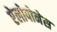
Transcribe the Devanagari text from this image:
ऐलोपोनेस